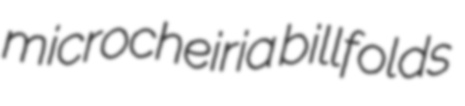
microcheiria billfolds